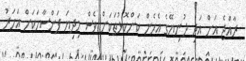
ރާއްޖެ އަށް އަދި ދުނިޔޭގެ އެހެން ކަންކޮޅުތަކަށް ވެސް މިދިޔަ ފަންސާހަކަށް އަހަރު